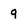
Character: q